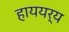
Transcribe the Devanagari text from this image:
हाययर्य